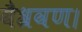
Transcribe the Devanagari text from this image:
वैश्रवण।